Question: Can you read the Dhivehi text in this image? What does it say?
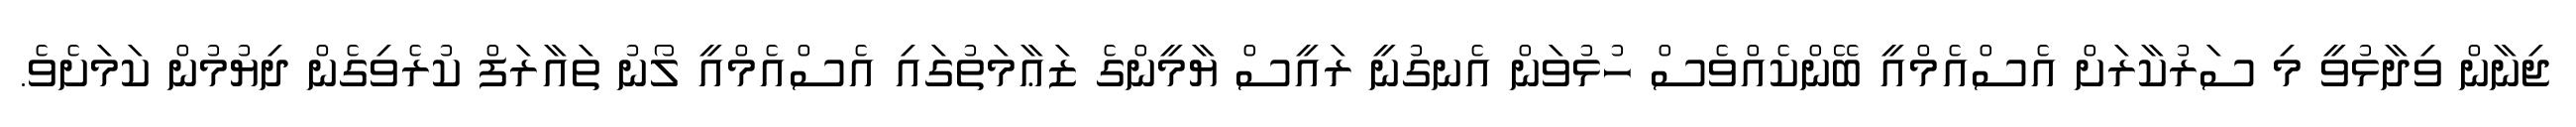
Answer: ޖިނާން ވިދާޅުވީ މި ސަރުކާރަށް އެސްއެމްއީ ބޭންކެއްވެސް ހުޅުވަން އެނގުނީ ރައީސް ޔާމީންގެ ޒަޢާމަތުގައި އެސްއެމްއީ ލޯނު ތައާރަފް ކުރެވިގެން ދިޔުމުން ކަމަށެވެ.